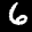
Label: 6